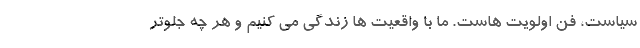
سیاست، فن اولویت هاست. ما با واقعیت ها زندگی می کنیم و هر چه جلوتر